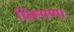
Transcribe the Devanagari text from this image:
विरूपण।